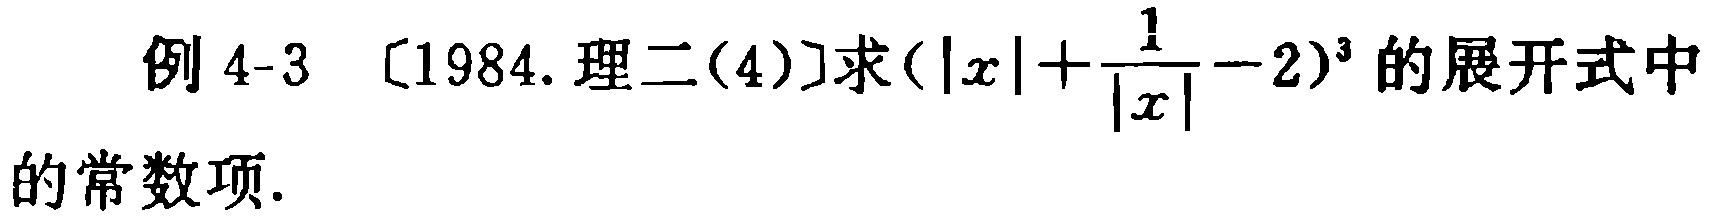
例 4-3 [1984. 理二(4)]求$(|x|+\frac{1}{|x|}-2)^{3}$的展开式中的常数项.